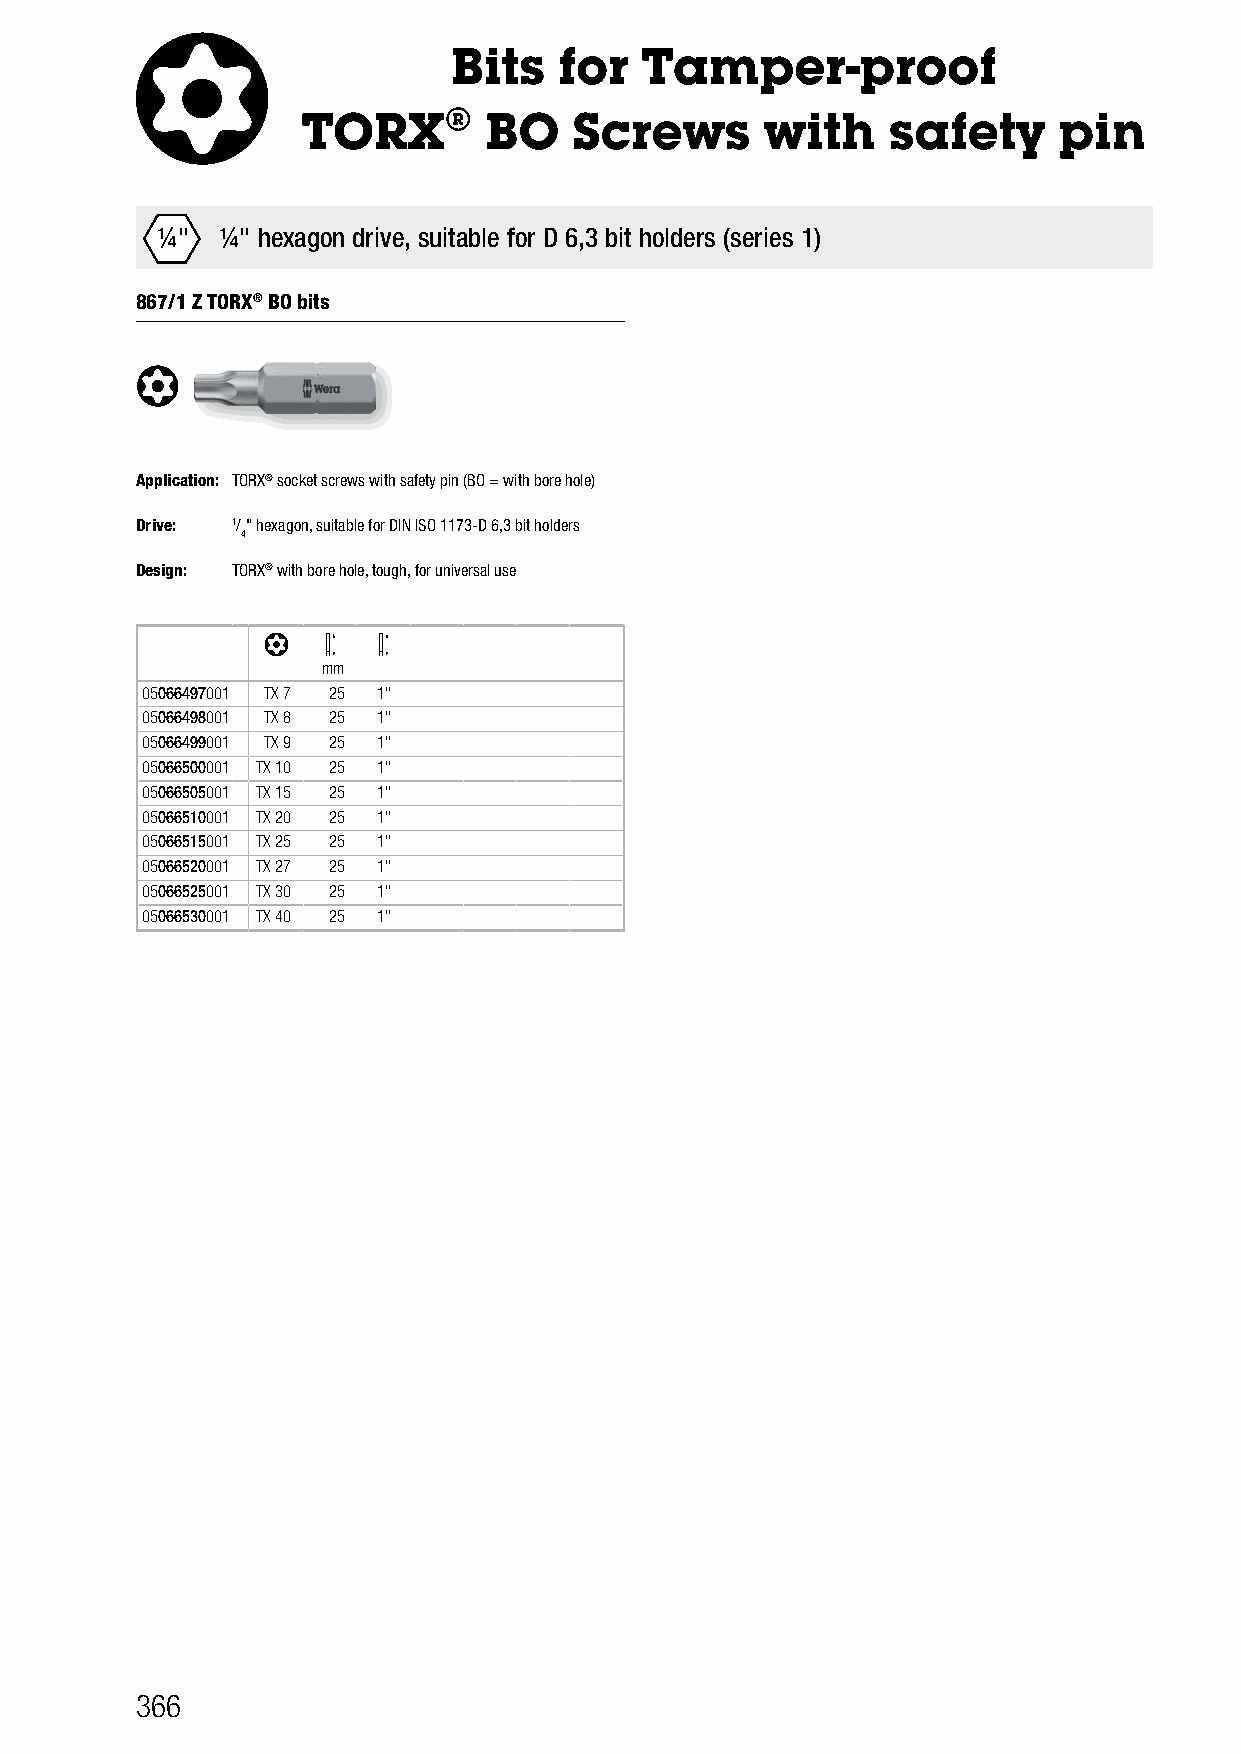
Bits   for  Tamper-proof
 TORX®       BO    Screws       with    safety     pin
 ¼"   ¼" hexagon drive, suitable for D 6,3 bit holders (series 1)
 867/1 Z TORX® BO bits
 Application: TORX® socket screws with safety pin (BO = with bore hole)
 Drive: 1/" hexagon, suitable for DIN ISO 1173-D 6,3 bit holders
 4
 Design: TORX® with bore hole, tough, for universal use
 mm
 05066497001 TX 7 25 1"
 05066498001 TX 8 25 1"
 05066499001 TX 9 25 1"
 05066500001 TX 10 25 1"
 05066505001 TX 15 25 1"
 05066510001 TX 20 25 1"
 05066515001 TX 25 25 1"
 05066520001 TX 27 25 1"
 05066525001 TX 30 25 1"
 05066530001 TX 40 25 1"
 366